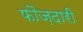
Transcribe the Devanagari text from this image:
फौज़दारी